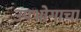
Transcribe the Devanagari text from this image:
उपभोगाचा